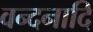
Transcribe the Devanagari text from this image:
वन्दनादि